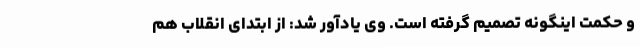
و حکمت اینگونه تصمیم گرفته است. وی یادآور شد: از ابتدای انقلاب هم